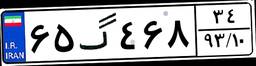
۶۵گ۴۶۸۳۴